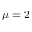
\protect \mu = 2